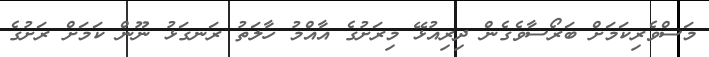
މަސްވެރިކަމަށް ބަރޯސާވެގެން ދިރިއުޅޭ މިރަށުގެ އާއްމު ހާލަތު ރަނގަޅު ނޫން ކަމަށް ރަށުގެ